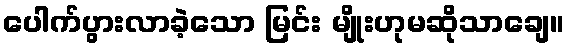
ပေါက်ပွားလာခဲ့သော မြင်း မျိုးဟုမဆိုသာချေ။